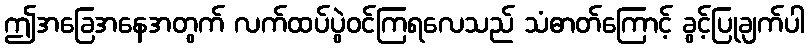
ဤအခြေအနေအတွက် လက်ထပ်ပွဲဝင်ကြရလေသည် သံဓာတ်ကြောင့် ခွင့်ပြုချက်ပါ